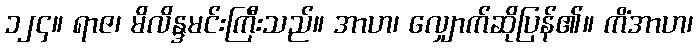
၁၂၄။ ရာဇ၊ မိလိန္ဒမင်းကြီးသည်။ အာဟ၊ လျှောက်ဆိုပြန်၏။ ကိံအာဟ၊